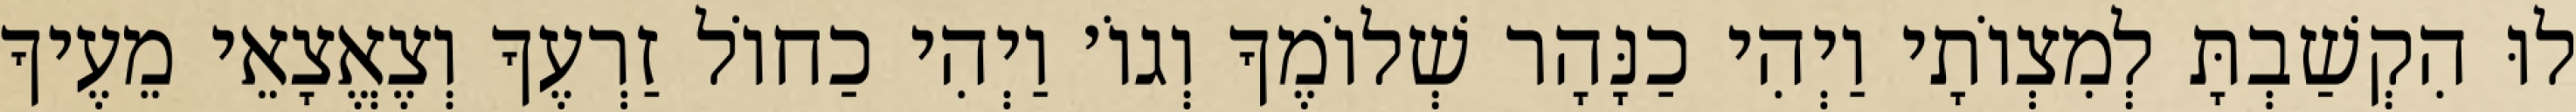
לוּ הִקְשַׁבְתָּ לְמִצְוֹתָי וַיְהִי כַנָּהָר שְׁלוֹמֶךָ וְגוֹ׳ וַיְהִי כַחוֹל זַרְעֶךָ וְצֶאֱצָאֵי מֵעֶיךָ